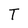
Character: T